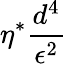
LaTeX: \eta^{*}\frac{d^{4}}{\epsilon^{2}}